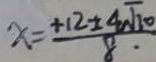
x = \frac { + 1 2 \pm 4 \sqrt { 1 0 } } { 8 \cdot }